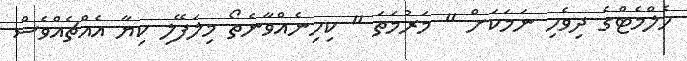
ހެލްމެޓްގެ ދިވެހި ނަމަކަށް " މަރުމަތަ " ކިހިނެއްވާނެތޯ މިލަފޭލި ކިޔާ އެއްޗެއްވެސް